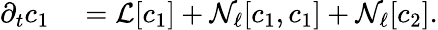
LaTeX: \begin{array}{rl}{\partial_{t}c_{1}}&{{}=\mathcal{L}[c_{1}]+\mathcal{N}_{\ell}[c_{1},c_{1}]+\mathcal{N}_{\ell}[c_{2}].}\end{array}